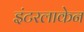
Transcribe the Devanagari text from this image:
इंटरलाकेन